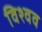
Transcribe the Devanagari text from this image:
विश्वव